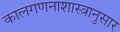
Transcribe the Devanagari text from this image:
कालगणनाशास्त्रानुसार